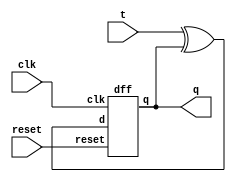
module t_ff(
             input t,
             input clk,
             input reset,
             output q
);
  
  wire dt;
  assign dt=t^q;         // d = q XOR t
  
  dff d1(q,dt,clk,reset);//instantiating d flip-flop
  
endmodule

//d flip-flop

module dff( output reg q, input d,clk,reset );
  
    always @ ( posedge clk )
    begin
      
      if(reset)
        q<=0;
      else
        q<=d;
      
    end
  
endmodule